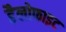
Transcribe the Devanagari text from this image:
हैलोफाइट